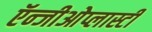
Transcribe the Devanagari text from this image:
ऍन्जीओेप्लास्टी